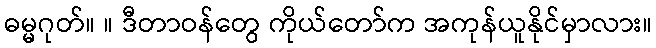
ဓမ္မဂုတ်။ ။ ဒီတာဝန်တွေ ကိုယ်တော်က အကုန်ယူနိုင်မှာလား။